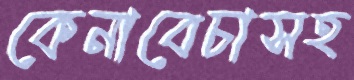
কেনাবেচাসহ